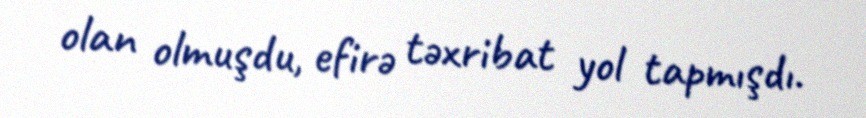
olan olmuşdu, efirə təxribat yol tapmışdı.